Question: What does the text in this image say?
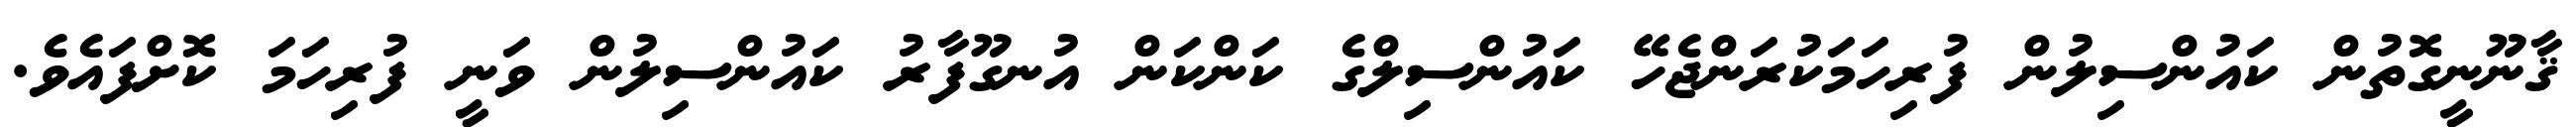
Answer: ޤާނޫނީގޮތުން ކައުންސިލުން ފުރިހަމަކުރަންޖެހޭ ކައުންސިލްގެ ކަންކަން އުނގޫފާރު ކައުންސިލުން ވަނީ ފުރިހަމަ ކޮށްފައެވެ.